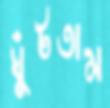
ঘুঁটতাম